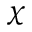
\chi